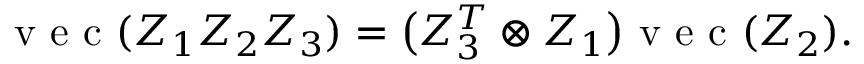
\begin{array} { r } { \mathrm { ~ v ~ e ~ c ~ } ( Z _ { 1 } Z _ { 2 } Z _ { 3 } ) = \big ( Z _ { 3 } ^ { T } \otimes Z _ { 1 } \big ) \mathrm { ~ v ~ e ~ c ~ } ( Z _ { 2 } ) . } \end{array}